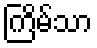
ကြိမ်သာ